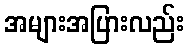
အများအပြားလည်း